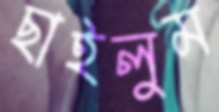
ছাইলুম